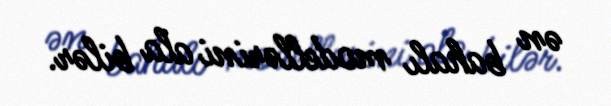
ən bahalı modellərini ala bilər.